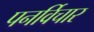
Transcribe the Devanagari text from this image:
पनर्विचार